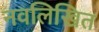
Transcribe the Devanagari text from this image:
नवलिखित